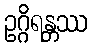
ဥဂ္ဂိရန္တဿ